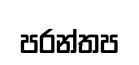
පරන්තප